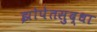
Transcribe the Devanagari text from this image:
झोपेतसुद्धा